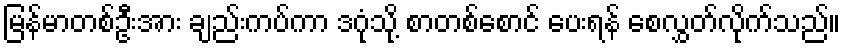
မြန်မာတစ်ဦးအား ချည်းကပ်ကာ ဒဂုံသို့ စာတစ်စောင် ပေးရန် စေလွှတ်လိုက်သည်။